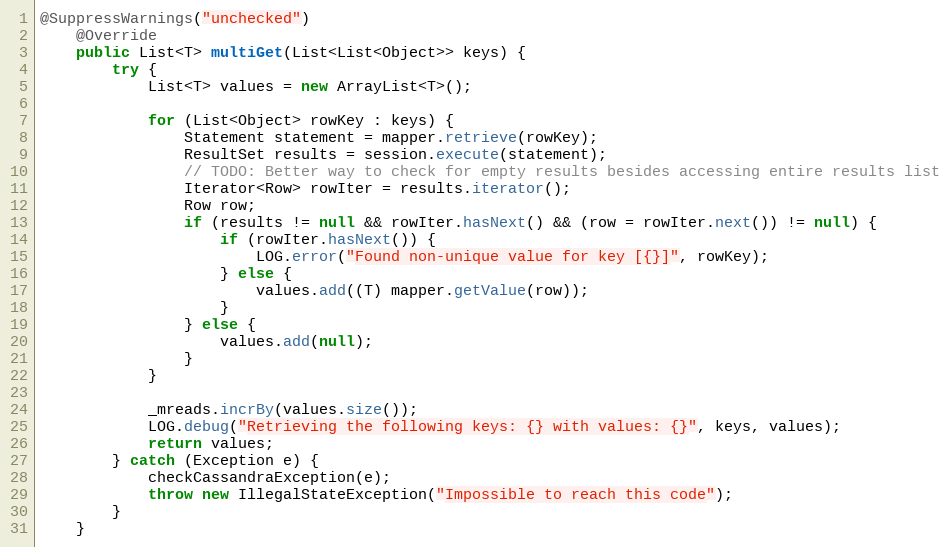
Language: Java
@SuppressWarnings("unchecked")
    @Override
    public List<T> multiGet(List<List<Object>> keys) {
        try {
            List<T> values = new ArrayList<T>();

            for (List<Object> rowKey : keys) {
                Statement statement = mapper.retrieve(rowKey);
                ResultSet results = session.execute(statement);
                // TODO: Better way to check for empty results besides accessing entire results list
                Iterator<Row> rowIter = results.iterator();
                Row row;
                if (results != null && rowIter.hasNext() && (row = rowIter.next()) != null) {
                    if (rowIter.hasNext()) {
                        LOG.error("Found non-unique value for key [{}]", rowKey);
                    } else {
                        values.add((T) mapper.getValue(row));
                    }
                } else {
                    values.add(null);
                }
            }

            _mreads.incrBy(values.size());
            LOG.debug("Retrieving the following keys: {} with values: {}", keys, values);
            return values;
        } catch (Exception e) {
            checkCassandraException(e);
            throw new IllegalStateException("Impossible to reach this code");
        }
    }